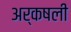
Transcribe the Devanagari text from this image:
अर्कषली